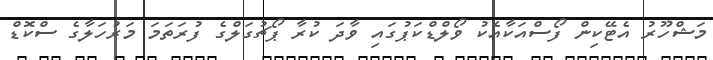
މަޝްހޫރު އެޓޭކިން ފޯސްއަކާއެކު ވޯލްޑްކަޕުގައި ވާދަ ކުރާ ޕޯޗުގަލްގެ ފުރަތަމަ މަރުހަލާގެ ސްކޮޑް